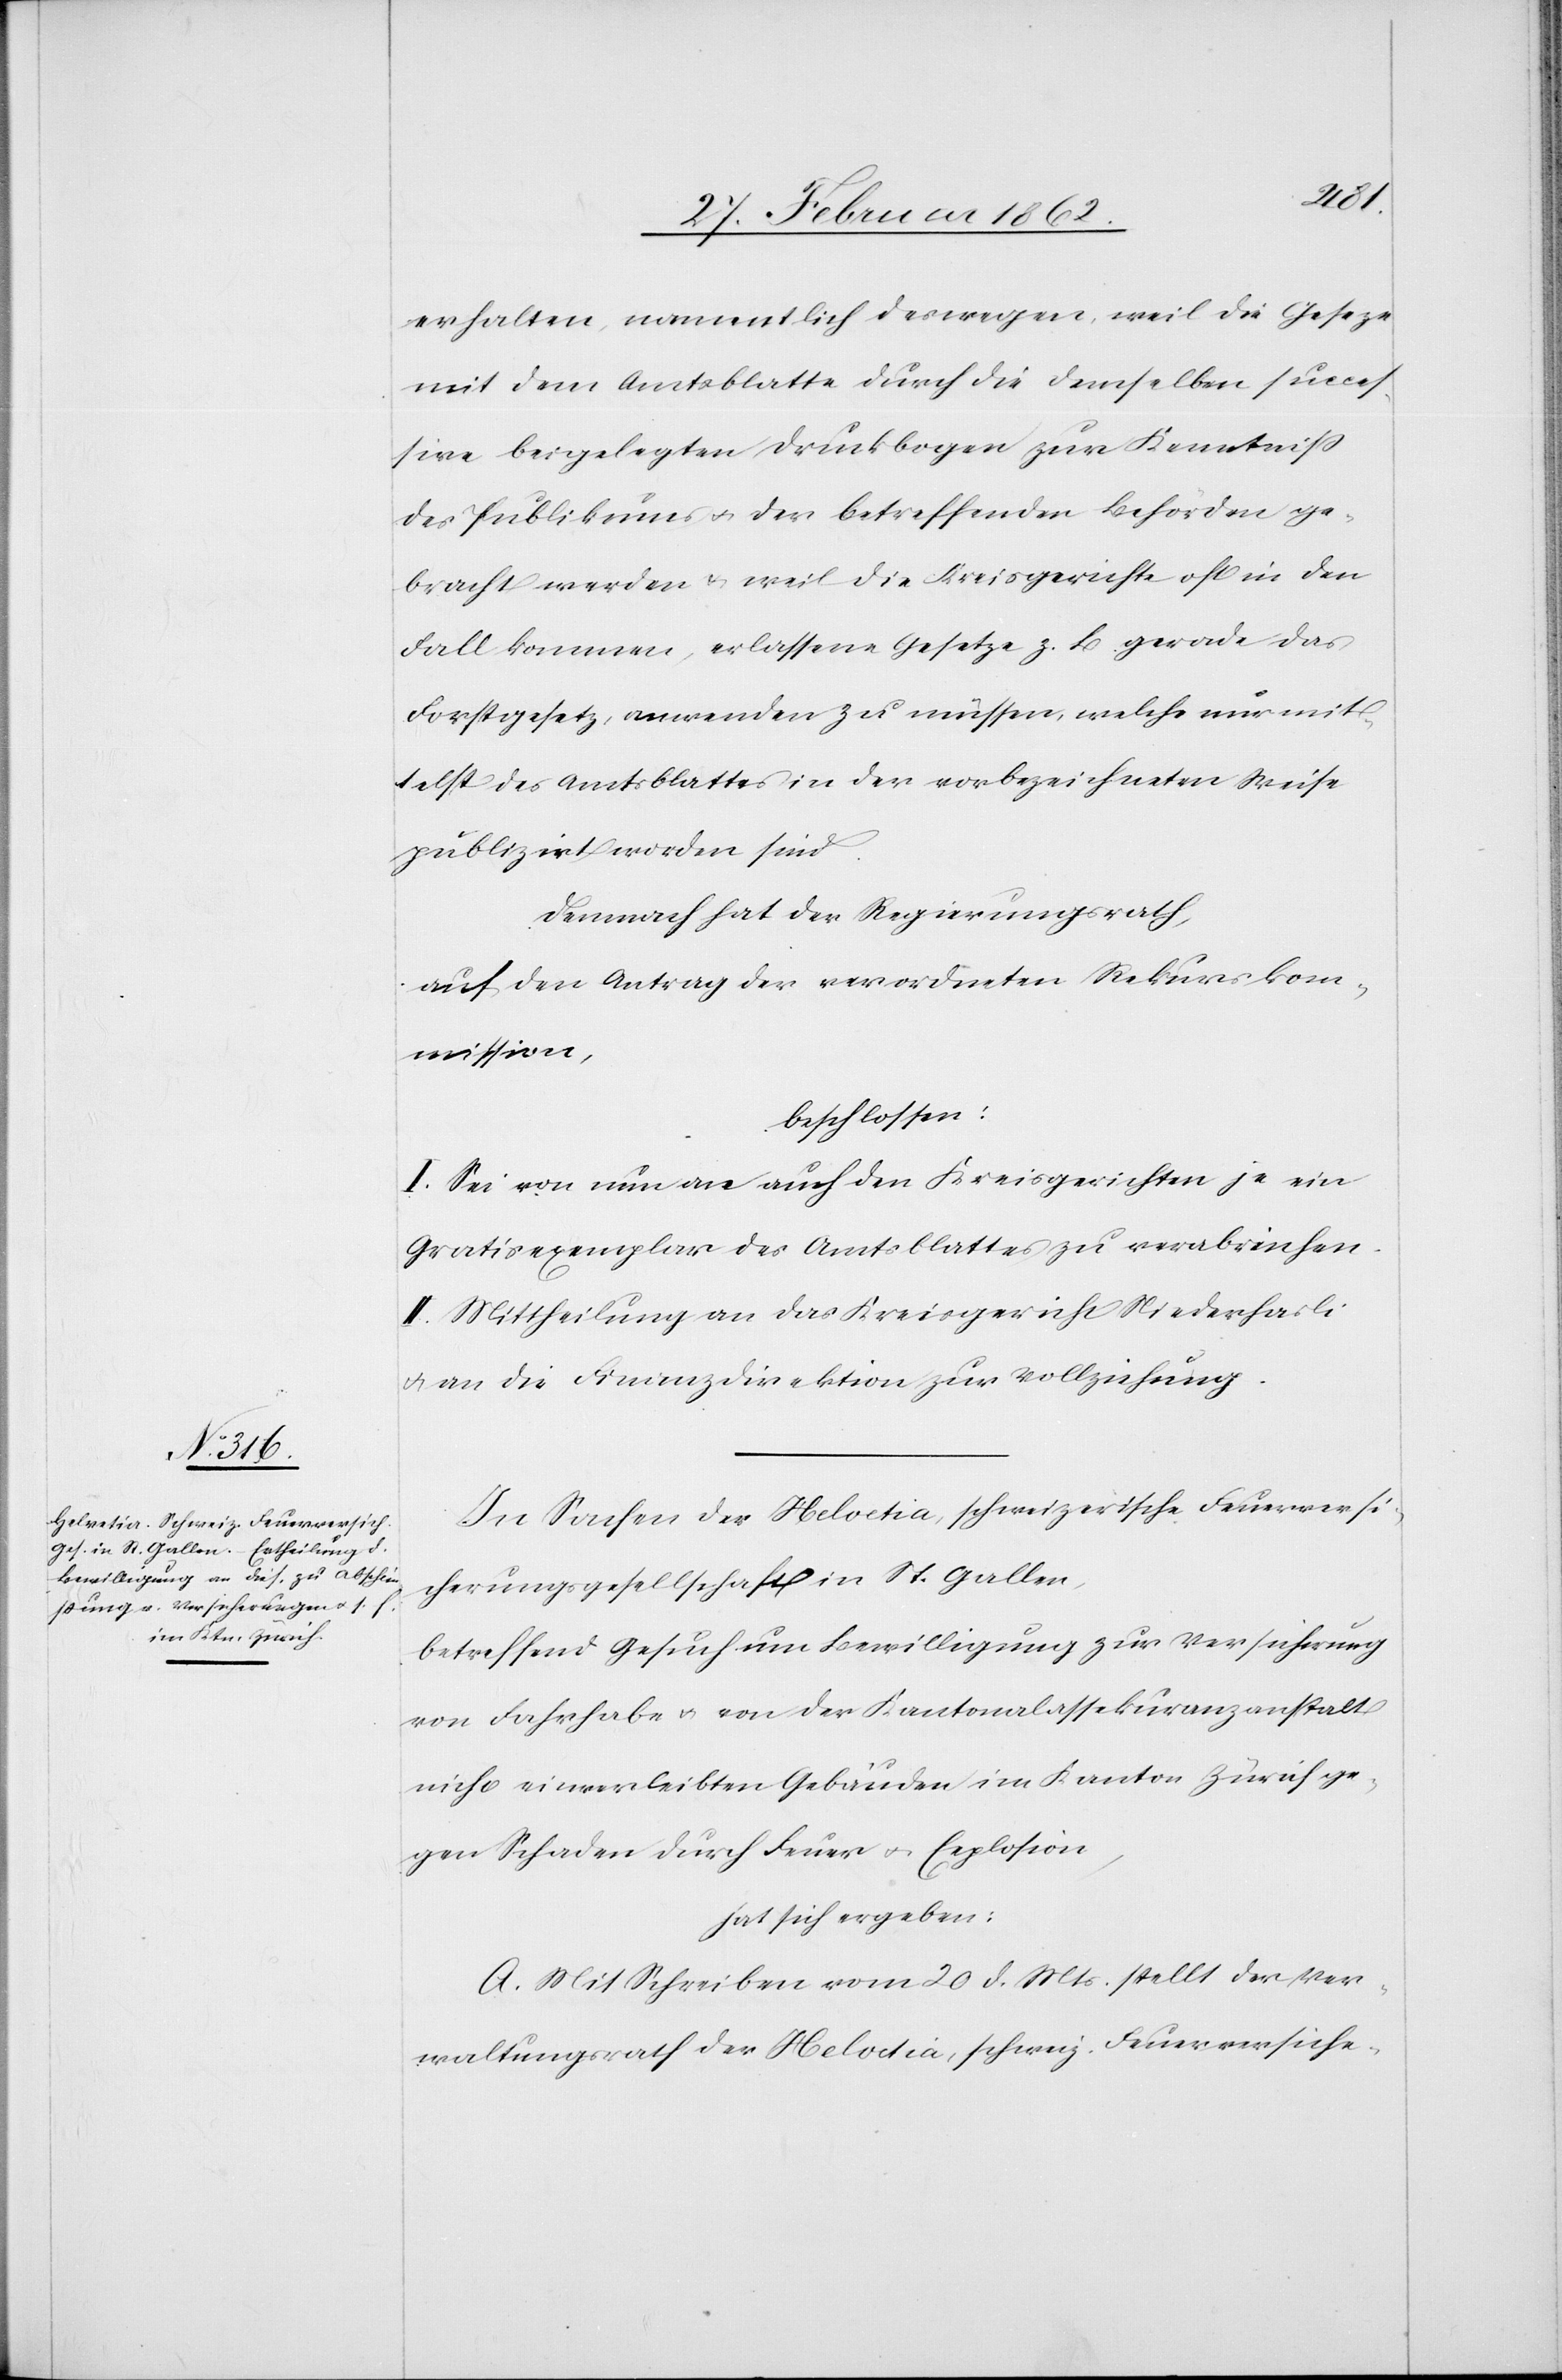
erhalten, namentlich deswegen, weil die Geseze
mit dem Amtsblatte durch die demselben succes¬
sive beigelegten Druckbogen zur Kenntniß
des Publikums u. der betreffenden Behörden ge¬
bracht werden u. weil die Kreisgerichte oft in den
Fall kommen, erlassene Gesetze z. B. gerade das
Forstgesetz, anwenden zu müssen, welche nur mit¬
telst des Amtsblattes in der vorbezeichneten Weise
publizirt worden sind.
Demnach hat der Regierungsrath,
auf den Antrag der verordneten Rekurskom¬
mission,
beschlossen:
I. Sei von nun an auch den Kreisgerichten je ein
Gratisexemplar des Amtsblattes zu verabreichen.
II. Mittheilung an das Kreisgericht Niederhasli
u. an die Finanzdirektion zur Vollziehung.
In Sachen der Helvetia, schweizerische Feuerversi¬
cherungsgesellschaft in St. Gallen,
betreffend Gesuch um Bewilligung zur Versicherung
von Fahrhabe u. von der Kantonalassekuranzanstalt
nicht einverleibten Gebäuden im Kanton Zürich ge¬
gen Schaden durch Feuer u. Explosion,
hat sich ergeben:
A. Mit Schreiben vom 20 d. Mts. stellt der Ver¬
waltungsrath der Helvetia, schweiz. Feuerversiche-